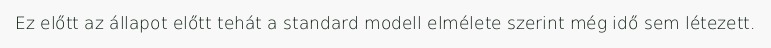
Ez előtt az állapot előtt tehát a standard modell elmélete szerint még idő sem létezett.